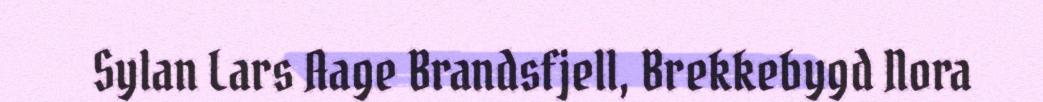
Sylan Lars Aage Brandsfjell, Brekkebygd Nora